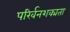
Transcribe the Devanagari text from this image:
परिर्वनशक्यता